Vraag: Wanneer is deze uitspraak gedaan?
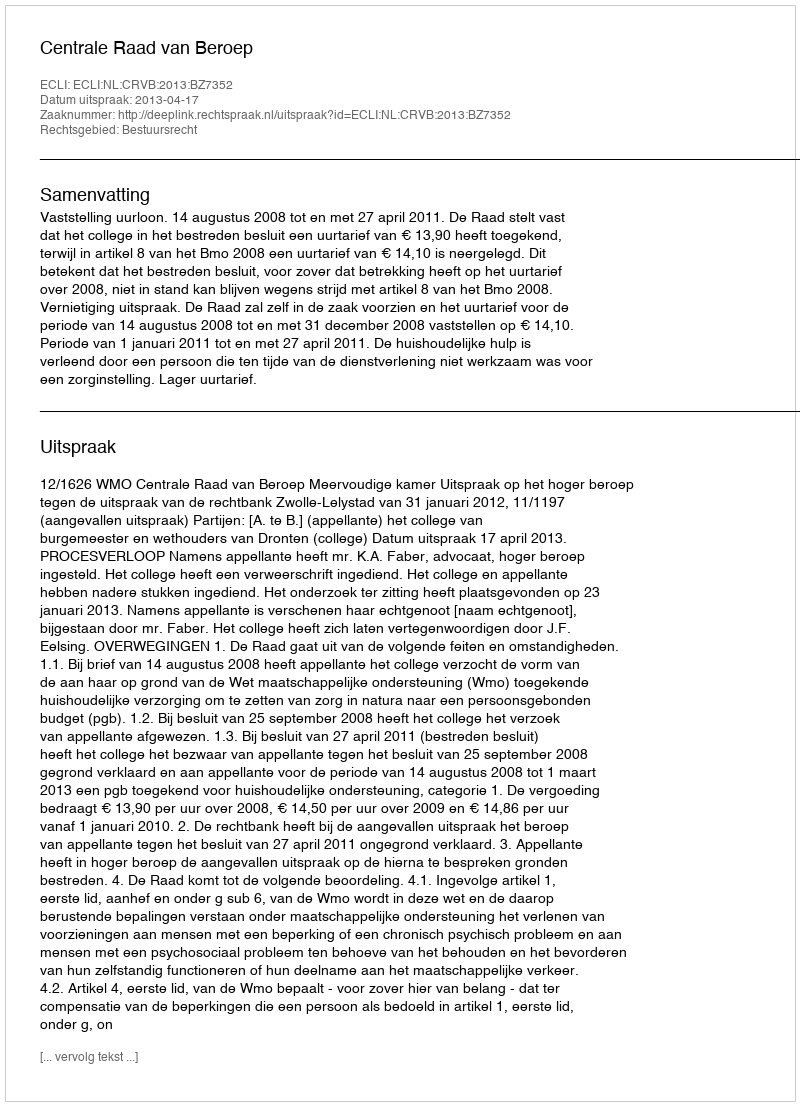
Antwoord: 2013-04-17